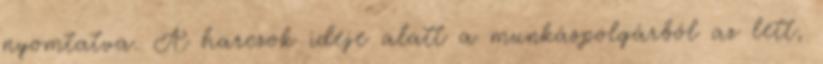
nyomtatva. A harczok ideje alatt a munkáspolgárból az lett,